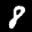
Label: 8